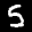
Label: 5